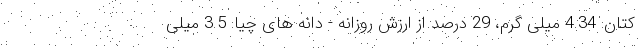
کتان: 4.34 میلی گرم، 29 درصد از ارزش روزانه - دانه های چیا: 3.5 میلی